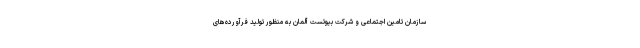
سازمان تامین اجتماعی و شرکت بیوتست آلمان به منظور تولید فرآورده‌های